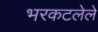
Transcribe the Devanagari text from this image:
भरकटलेले